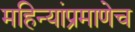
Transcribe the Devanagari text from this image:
महिन्यांप्रमाणेच